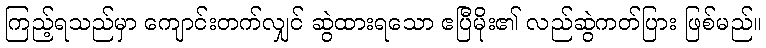
ကြည့်ရသည်မှာ ကျောင်းတက်လျှင် ဆွဲထားရသော ဧပြီမိုး၏ လည်ဆွဲကတ်ပြား ဖြစ်မည်။